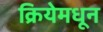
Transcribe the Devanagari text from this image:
क्रियेमधून